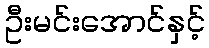
ဦးမင်းအောင်နှင့်